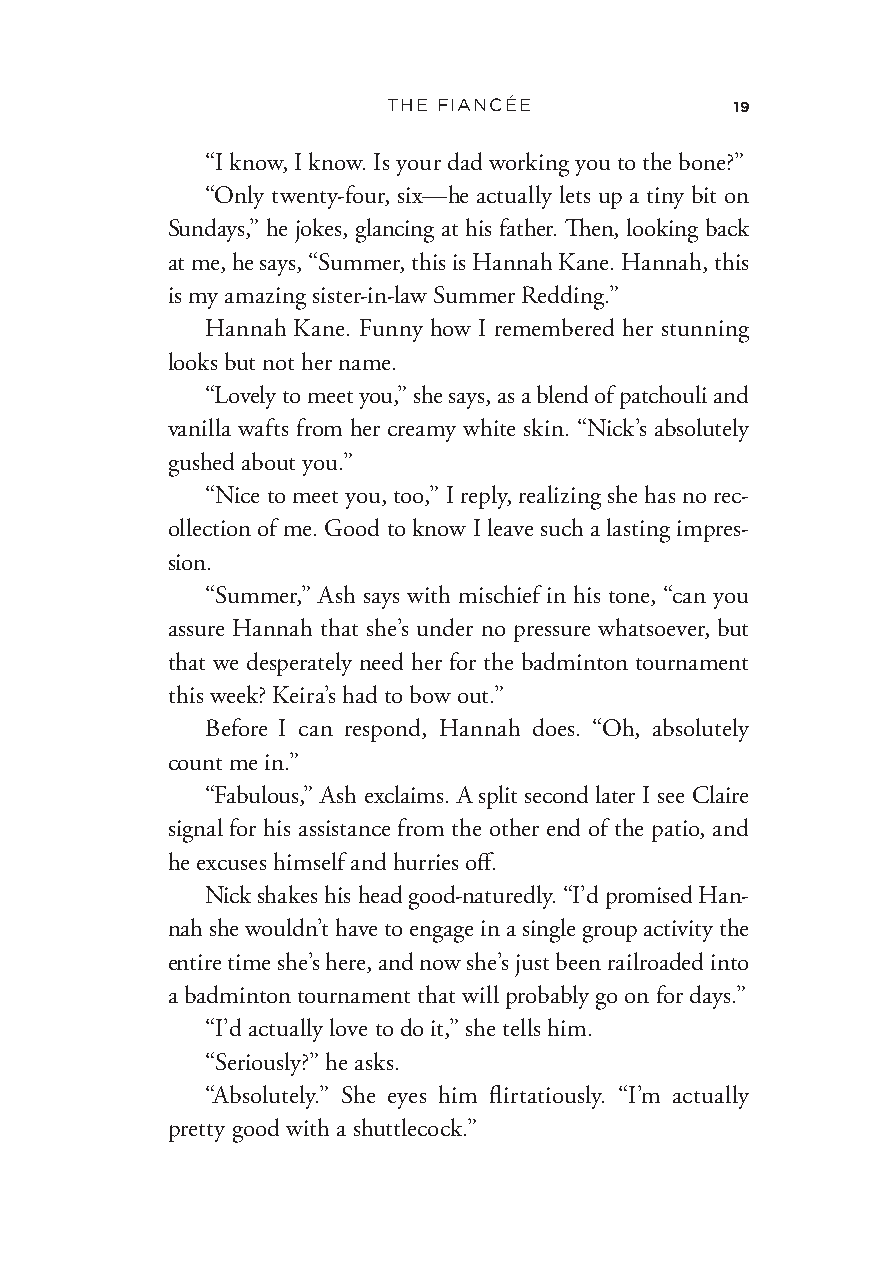
THE FIANCÉE            19
 “I know, I know. Is your dad working you to the bone?”
 “Only twenty- four, six— he actually lets up a tiny bit on
 Sundays,” he jokes, glancing at his father. Then, looking back
 at me, he says, “Summer, this is Hannah Kane. Hannah, this
 is my amazing sister- in- law Summer Redding.”
 Hannah Kane. Funny how I remembered her stunning
 looks but not her name.
 “Lovely to meet you,” she says, as a blend of patchouli and
 vanilla wafts from her creamy white skin. “Nick’s absolutely
 gushed about you.”
 “Nice to meet you, too,” I reply, realizing she has no rec-
 ollection of me. Good to know I leave such a lasting impres-
 sion.
 “Summer,” Ash says with mischief in his tone, “can you
 assure Hannah that she’s under no pressure whatsoever, but
 that we desperately need her for the badminton tournament
 this week? Keira’s had to bow out.”
 Before I can respond, Hannah does. “Oh, absolutely
 count me in.”
 “Fabulous,” Ash exclaims. A split second later I see Claire
 signal for his assistance from the other end of the patio, and
 he excuses himself and hurries off.
 Nick shakes his head good- naturedly. “I’d promised Han-
 nah she wouldn’t have to engage in a single group activity the
 entire time she’s here, and now she’s just been railroaded into
 a badminton tournament that will probably go on for days.”
 “I’d actually love to do it,” she tells him.
 “Seriously?” he asks.
 “Absolutely.” She eyes him flirtatiously. “I’m actually
 pretty good with a shuttlecock.”
 Fiancee_9780062945419_Final_EB0326_cc19.indd 19 3/26/21 3:18 PM